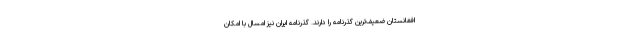
افغانستان ضعیف‌ترین گذرنامه را دارند. گذرنامه ایران نیز امسال با امکان